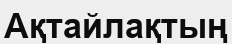
Ақтайлақтың